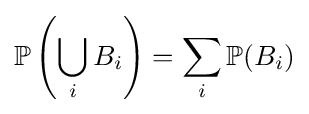
\mathbb {P} \left(\bigcup _{i}B_{i}\right)=\sum _{i}\mathbb {P} (B_{i})